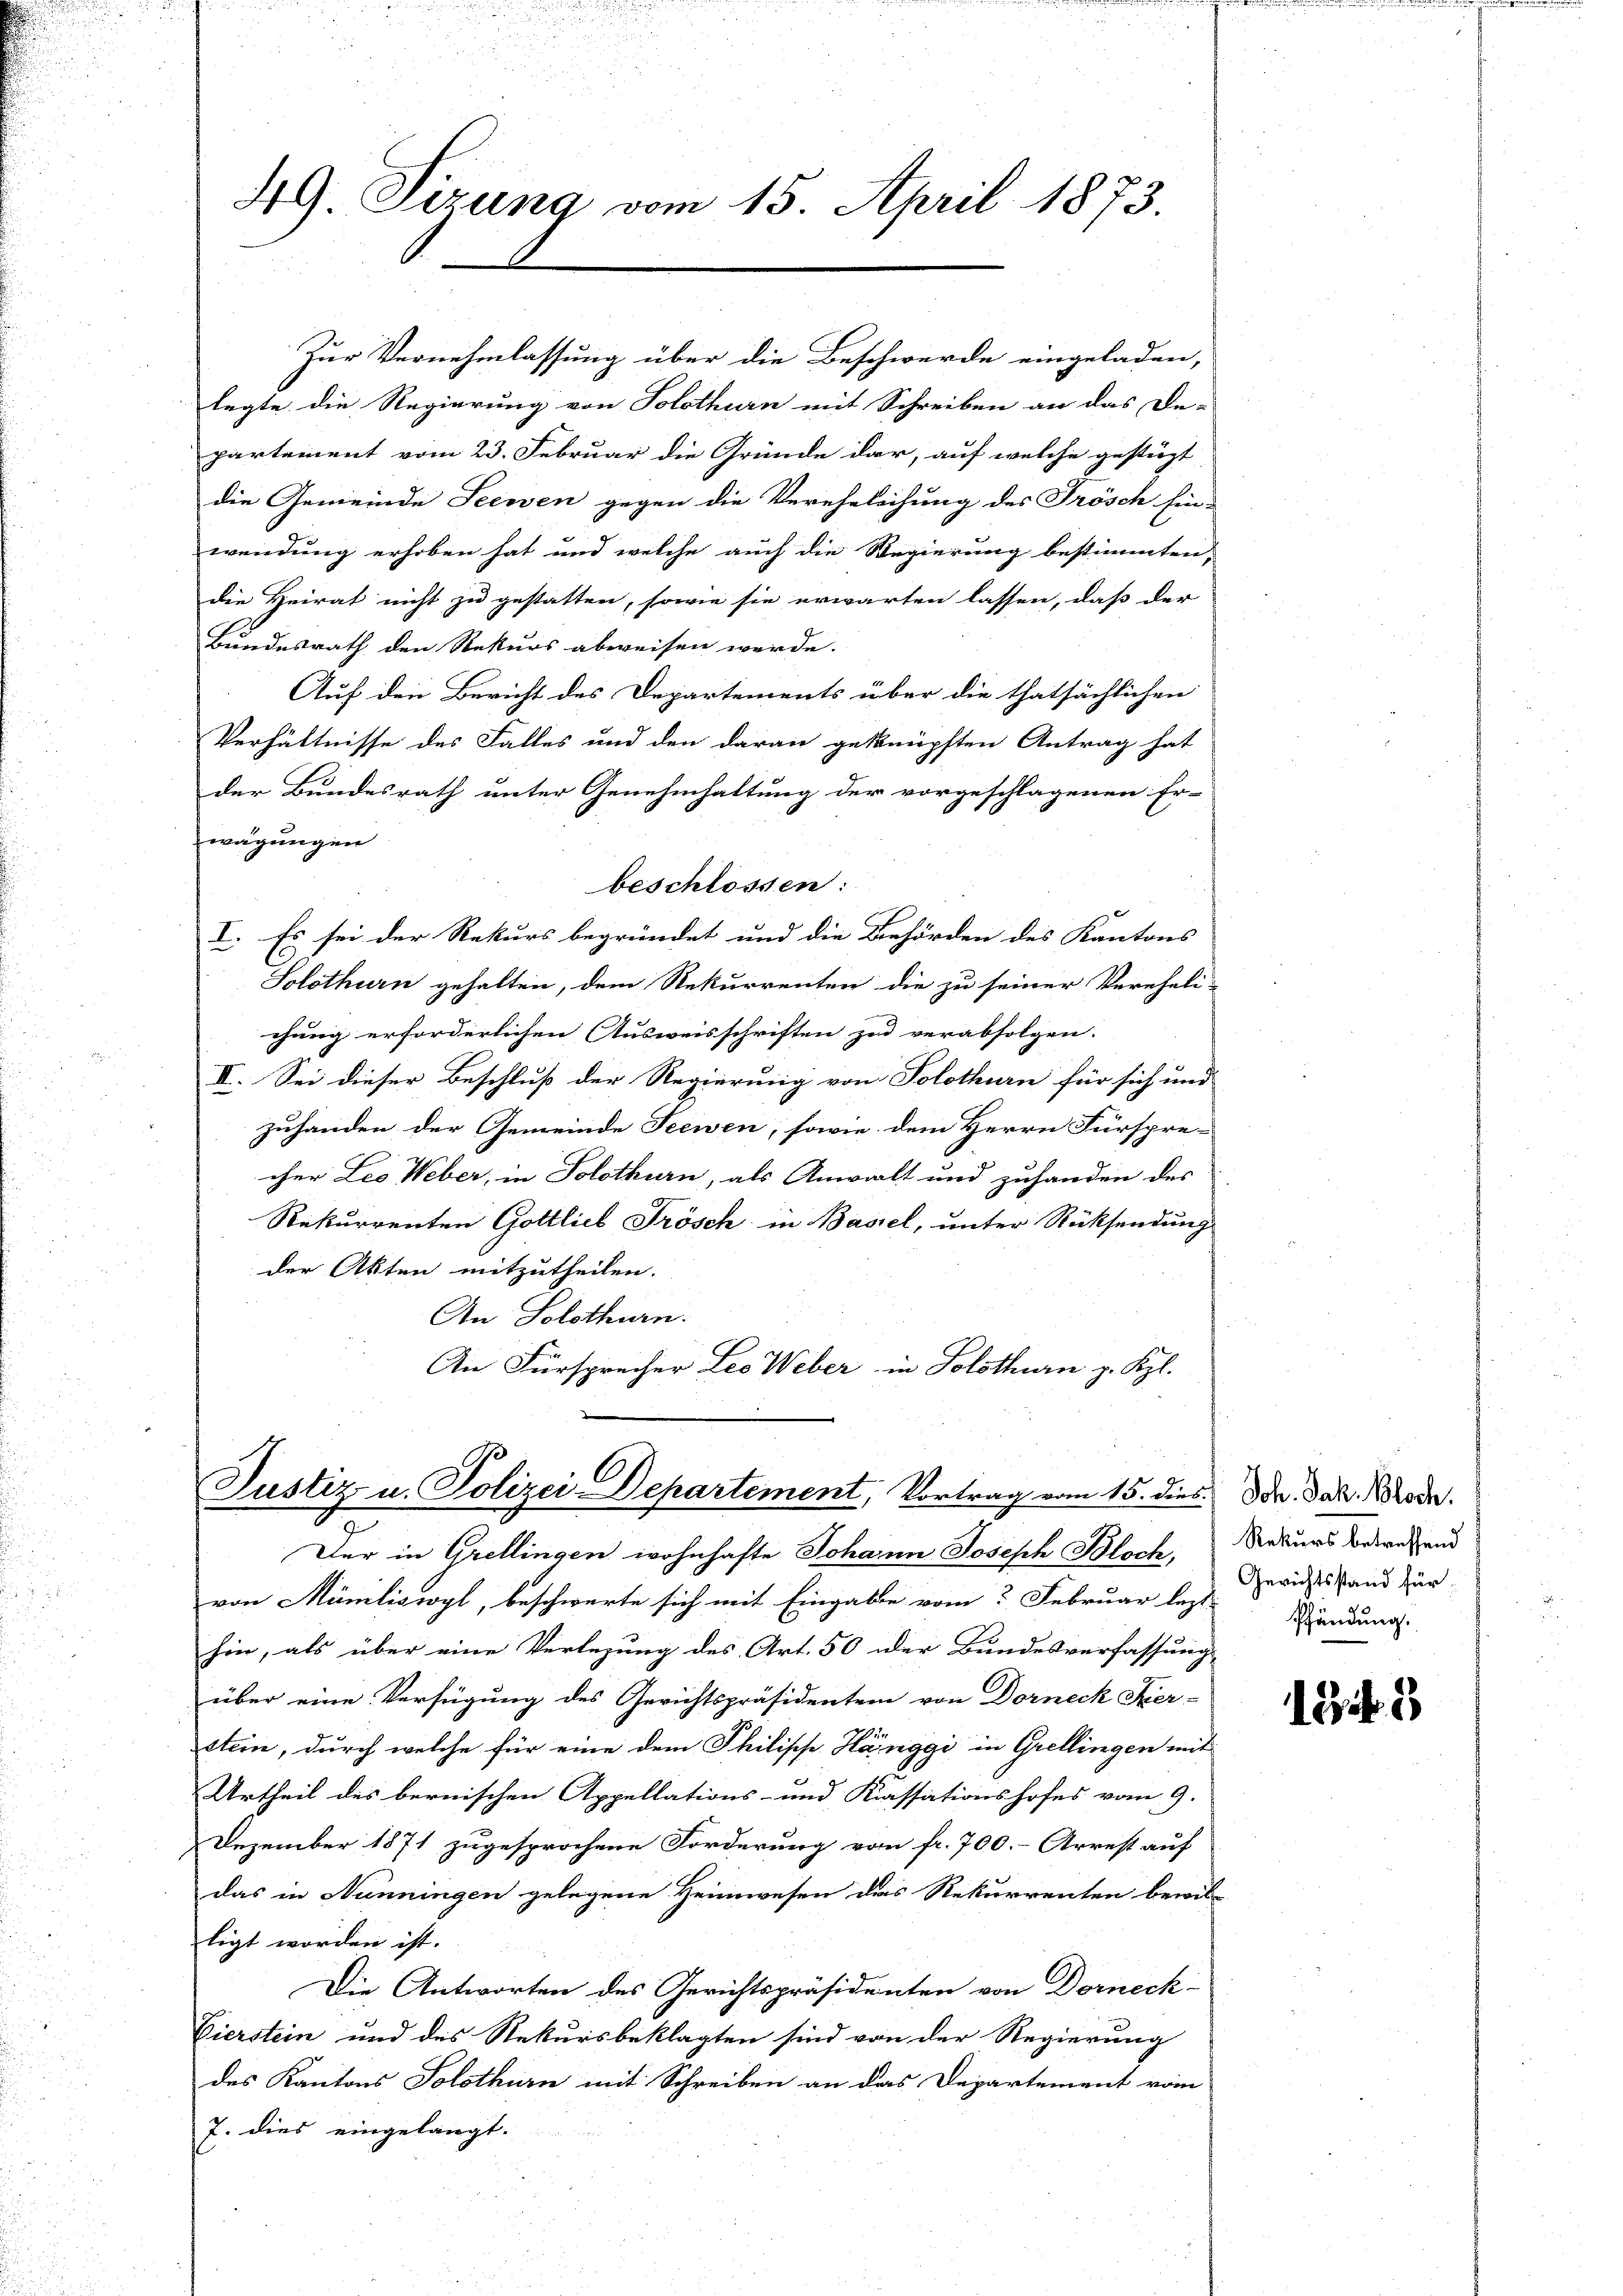
49. Sizung vom 15. April 1873.

Zur Vernehmlassung über die Beschwerde eingeladen,
legte die Regierung von Solothurn mit Schreiben an das De-
partement vom 23. Februar die Gründe dar, auf welche gestüzt
die Gemeinde Seewen gegen die Verehelichung des Frösch hin-
wendung erhoben hat und welche auch die Regierung bestimmten,
die Heirat nicht zu gestatten, sowie sie erwarten lassen, daß der
Bundesrath den Rekurs abweisen werde.
Auf den Bericht des Departements über die thatsächlichen
Verhältnisse des Falles und den daran geknüpften Antrag hat
der Bundesrath unter Genehmhaltung der vorgeschlagenen Er-
wägungen
beschlossen:
I. Es sei der Rekurs begründet und die Behörden des Kantons
Solothurn gehalten, dem Rekurrenten die zu seiner Vereheli-
chung erforderlichen Ausweisschriften zu verabfolgen.
II. Sei dieser Beschluß der Regierung von Solothurn für sich und
zuhanden der Gemeinde Seewen, sowie dem Herrn Fürspre-
cher Leo Weber, in Solothurn, als Anwalt und zuhanden des
Rekurrenten Gottlieb Frösch in Basel, unter Rücksendung
der Akten mitzutheilen.
An Solothurn.
An Fürsprecher Leo Weber in Solothurn g. Kgl.

.
Justiz u. Polizei-Departement, Vortrag vom 15. dies. Dr. Jak. Wode.
b

Der in Grellingen wohnhafte Johann Joseph Bloch,
von Mäniliswyl, beschwerte sich mit Eingaben vom Februar lezt
hin, als über eine Verlegung des Art. 50 oder Bundesverfassungs
über eine Verfügung des Gerichtspräsidentem von Dorneck Kier-
stein, durch welche für eine dem Philische Hänggi in Grellingen mit
Urtheil des bernischen Appellations- und Kassationshofes vom 9.
Dezember 1871 zugesprochene Forderung vom fr. 700.- Arrest auf
das in Nunningen gelegene Heimwesen das Rekurrenten bewil-
ligt worden ist.
Die Antworten des Gerichtspräsidenten von Dorneck
Vierstein und des Rekursbeklagten sind von der Regierung
des Kantons Solothurn mit Schreiben an das Departement vom
7. dies eingelangt.

Rekurs betreffend
Gerichtsstand für
Pfändung.

123